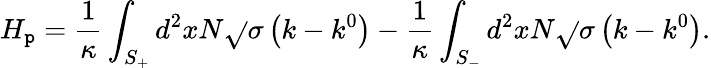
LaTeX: H_{\mathtt{p}}=\frac{{1}}{{\kappa}}\int_{S_{+}}^{{}}d^{2}xN\sqrt{}{{\sigma}}\left(k-k^{0}\right)-\frac{{1}}{{\kappa}}\int_{S_{-}}d^{2}xN\sqrt{}{{\sigma}}\left(k-k^{0}\right).